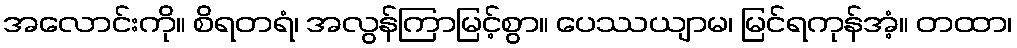
အလောင်းကို။ စိရတရံ၊ အလွန်ကြာမြင့်စွာ။ ပေဿယျာမ၊ မြင်ရကုန်အံ့။ တထာ၊